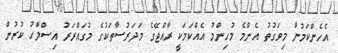
އެހެންކަމުން މިވަގުތު އެންމެ މުހިންމު އެއްކަމަކީ ރާއްޖޭގެ މަދަރުސާތަކުގެ މުގައްރަރު އިސްލާހު ކުރުން